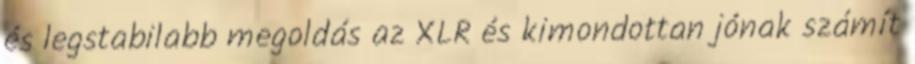
és legstabilabb megoldás az XLR és kimondottan jónak számít